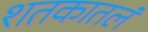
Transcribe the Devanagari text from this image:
शतकातलं